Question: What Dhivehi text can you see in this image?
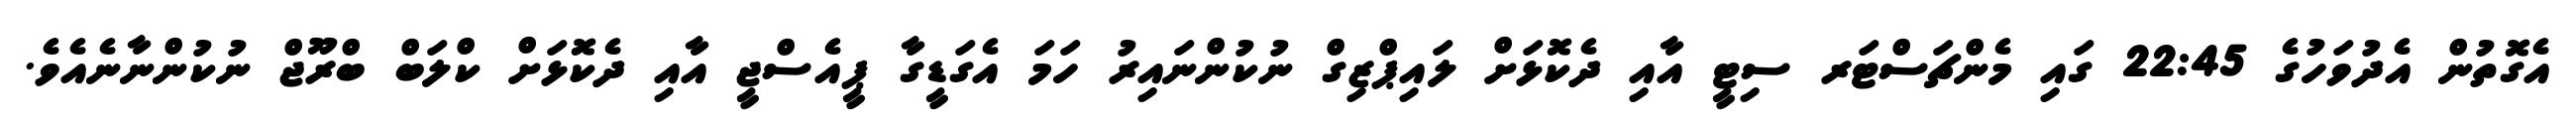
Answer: އެގޮތުން އެދުވަހުގެ 22:45 ގައި މެންޗަސްޓަރ ސިޓީ އާއި ދެކޮޅަށް ލައިޕްޒިގް ނުކުންނައިރު ހަމަ އެގަޑީގާ ޕީއެސްޖީ އާއި ދެކޮޅަށް ކްލަބް ބްރޫޖް ނުކުންނާނެއެވެ.